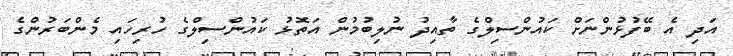
އަދި އެ ބޭފުޅުންނަށް ކައުންސިލްގެ ތާއިދު ނުލިބުމުން އަތޮޅު ކައުންސިލްގެ ހުރިހައި މެންބަރުންގެ